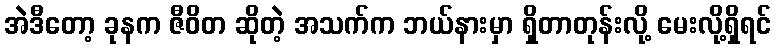
အဲဒီတော့ ခုနက ဇီဝိတ ဆိုတဲ့ အသက်က ဘယ်နားမှာ ရှိတာတုန်းလို့ မေးလို့ရှိရင်